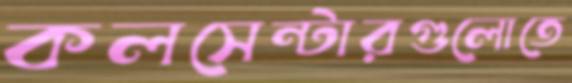
কলসেন্টারগুলোতে